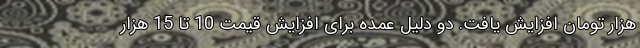
هزار تومان افزایش یافت. دو دلیل عمده برای افزایش قیمت 10 تا 15 هزار